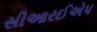
સીઆરઈએપ